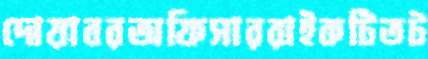
দোয়াবরঅফিসাররাইকটিতট